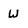
Character: W